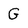
Character: G